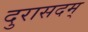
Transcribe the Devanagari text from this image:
दुरासदम्